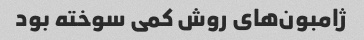
ژامبون‌های روش کمی سوخته بود